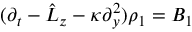
( \partial _ { t } - \hat { L } _ { z } - \kappa \partial _ { y } ^ { 2 } ) \rho _ { 1 } = B _ { 1 }